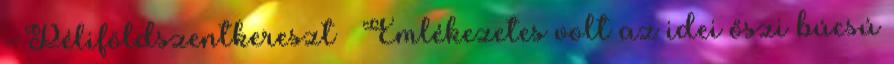
- Péliföldszentkereszt – Emlékezetes volt az idei őszi búcsú